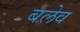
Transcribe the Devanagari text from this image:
बलेव